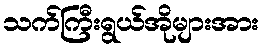
သက်ကြီးရွယ်အိုများအား